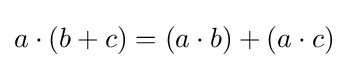
a\cdot \left(b+c\right)=\left(a\cdot b\right)+\left(a\cdot c\right)